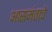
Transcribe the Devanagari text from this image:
आसमंताचे